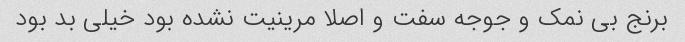
برنج بی نمک و جوجه سفت و اصلا مرینیت نشده بود خیلی بد بود